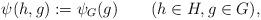
LaTeX: \begin{align*}\psi(h,g):=\psi_{G}(g)\qquad(h\in H,g\in G),\end{align*}